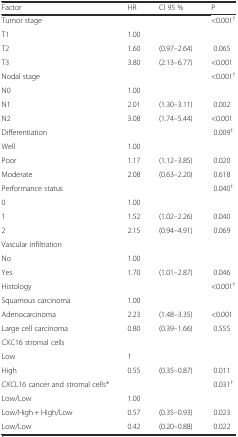
<table><thead><tr><td><b>Factor</b></td><td><b>HR</b></td><td><b>CI 95 %</b></td><td><b>P</b></td></tr></thead><tbody><tr><td>Tumor stage</td><td></td><td></td><td>&lt;0.001<sup>†</sup></td></tr><tr><td>T1</td><td>1.00</td><td></td><td></td></tr><tr><td>T2</td><td>1.60</td><td>(0.97–2.64)</td><td>0.065</td></tr><tr><td>T3</td><td>3.80</td><td>(2.13–6.77)</td><td>&lt;0.001</td></tr><tr><td>Nodal stage</td><td></td><td></td><td>&lt;0.001<sup>†</sup></td></tr><tr><td>N0</td><td>1.00</td><td></td><td></td></tr><tr><td>N1</td><td>2.01</td><td>(1.30–3.11)</td><td>0.002</td></tr><tr><td>N2</td><td>3.08</td><td>(1.74–5.44)</td><td>&lt;0.001</td></tr><tr><td>Differentiation</td><td></td><td></td><td>0.009<sup>†</sup></td></tr><tr><td>Well</td><td>1.00</td><td></td><td></td></tr><tr><td>Poor</td><td>1.17</td><td>(1.12–3.85)</td><td>0.020</td></tr><tr><td>Moderate</td><td>2.08</td><td>(0.63–2.20)</td><td>0.618</td></tr><tr><td>Performance status</td><td></td><td></td><td>0.040<sup>†</sup></td></tr><tr><td>0</td><td>1.00</td><td></td><td></td></tr><tr><td>1</td><td>1.52</td><td>(1.02–2.26)</td><td>0.040</td></tr><tr><td>2</td><td>2.15</td><td>(0.94–4.91)</td><td>0.069</td></tr><tr><td>Vascular infiltration</td><td></td><td></td><td></td></tr><tr><td>No</td><td>1.00</td><td></td><td></td></tr><tr><td>Yes</td><td>1.70</td><td>(1.01–2.87)</td><td>0.046</td></tr><tr><td>Histology</td><td></td><td></td><td>&lt;0.001<sup>†</sup></td></tr><tr><td>Squamous carcinoma</td><td>1.00</td><td></td><td></td></tr><tr><td>Adenocarcinoma</td><td>2.23</td><td>(1.48–3.35)</td><td>&lt;0.001</td></tr><tr><td>Large cell carcinoma</td><td>0.80</td><td>(0.39–1.66)</td><td>0.555</td></tr><tr><td>CXC16 stromal cells</td><td></td><td></td><td></td></tr><tr><td>Low</td><td>1</td><td></td><td></td></tr><tr><td>High</td><td>0.55</td><td>(0.35–0.87)</td><td>0.011</td></tr><tr><td>CXCL16 cancer and stromal cells*</td><td></td><td></td><td>0.031<sup>†</sup></td></tr><tr><td>Low/Low</td><td>1.00</td><td></td><td></td></tr><tr><td>Low/High + High/Low</td><td>0.57</td><td>(0.35–0.93)</td><td>0.023</td></tr><tr><td>Low/Low</td><td>0.42</td><td>(0.20–0.88)</td><td>0.022</td></tr></tbody></table>